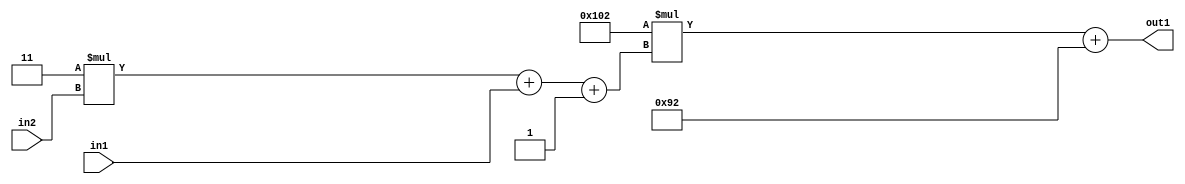
`timescale 1ps / 1ps
/*****************************************************************************
    Verilog RTL Description
    
    
    Created by: Stratus DpOpt 2019.1.01 
*******************************************************************************/

module DC_Filter_Add2i146Mul2i258Add3i1u1Mul2i3u2_4 (
	in2,
	in1,
	out1
	); /* architecture "behavioural" */ 
input [1:0] in2;
input  in1;
output [11:0] out1;
wire [11:0] asc001;
wire [3:0] asc002;

wire [3:0] asc002_tmp_0;
wire [3:0] asc002_tmp_1;
assign asc002_tmp_1 = 
	+(4'B0011 * in2);
assign asc002_tmp_0 = asc002_tmp_1
	+(in1);
assign asc002 = asc002_tmp_0
	+(4'B0001);

wire [11:0] asc001_tmp_2;
assign asc001_tmp_2 = 
	+(12'B000100000010 * asc002);
assign asc001 = asc001_tmp_2
	+(12'B000010010010);

assign out1 = asc001;
endmodule

/* CADENCE  vrP2Tww= : u9/ySgnWtBlWxVPRXgAZ4Og= ** DO NOT EDIT THIS LINE ******/